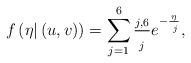
LaTeX: \begin{align*}f_{_{}}\left(\eta|\left(u,v\right)\right) =\sum_{j=1}^{6}\frac{_{j,6}}{\overline{}_{j}}e^{-\frac{\eta}{\,\,\overline{}_{j}}},\end{align*}